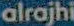
alrajhi